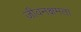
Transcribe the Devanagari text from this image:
जीवनक्षमता